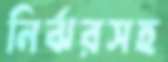
নির্ঝরসহ